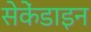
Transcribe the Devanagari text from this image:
सेकेंडाइन